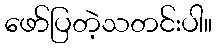
ဖော်ပြတဲ့သတင်းပါ။